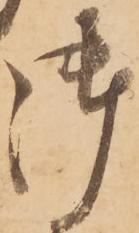
御